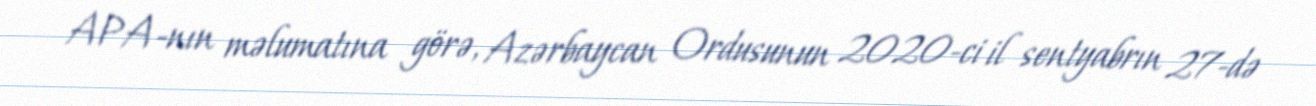
APA-nın məlumatına görə, Azərbaycan Ordusunun 2020-ci il sentyabrın 27-də